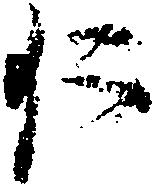
仁